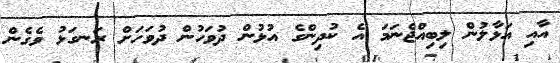
އާއި އަޅާލުން ލިބިއްޖެނަމަ އެ ކުދިންގެ އުޅުން ދުވަހުން ދުވަހަށް ރަނގަޅު ވެގެން